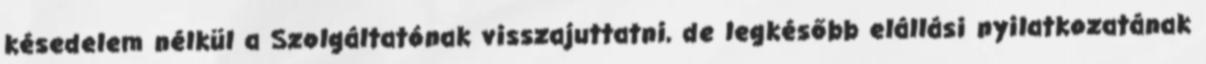
késedelem nélkül a Szolgáltatónak visszajuttatni, de legkésőbb elállási nyilatkozatának